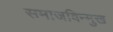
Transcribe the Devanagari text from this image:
समाजविन्मुख